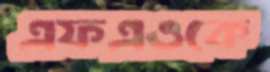
এফএওকে